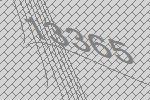
13365